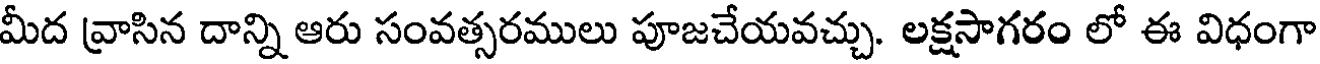
మీద వ్రాసిన దాన్ని ఆరు సంవత్సరములు పూజచేయవచ్చు. లక్షసాగరం లో ఈ విధంగా